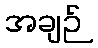
အချဉ်